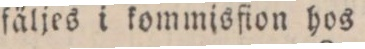
fäljes i kommisfion hos